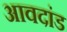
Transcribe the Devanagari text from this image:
आवदांड